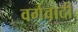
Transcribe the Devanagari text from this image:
वर्गवादी